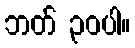
ဘတ် ၃၀ပါ။